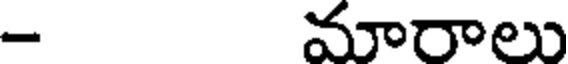
- మారాలు